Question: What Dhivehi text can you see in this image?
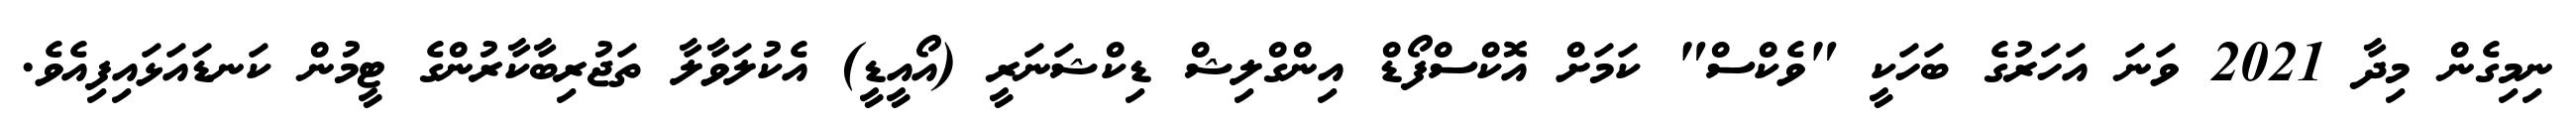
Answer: ނިމިގެން މިދާ 2021 ވަނަ އަހަރުގެ ބަހަކީ "ވެކްސް" ކަމަށް އޮކްސްފޯޑް އިންގްލިޝް ޑިކްޝަނަރީ (އޯއީޑީ) އެކުލަވާލާ ތަޖުރިބާކާރުންގެ ޓީމުން ކަނޑައަޅައިފިއެވެ.